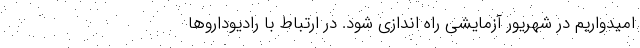
امیدواریم در شهریور آزمایشی راه اندازی شود. در ارتباط با رادیوداروها